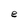
Character: e